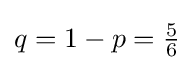
q=1-p={\tfrac {5}{6}}